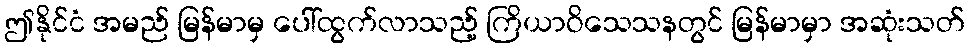
ဤနိုင်ငံ အမည် မြန်မာမှ ပေါ်ထွက်လာသည့် ကြိယာဝိသေသနတွင် မြန်မာမှာ အဆုံးသတ်